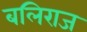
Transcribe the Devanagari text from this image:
बलिराज